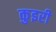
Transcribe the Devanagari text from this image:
कुइरी